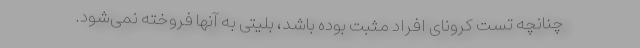
چنانچه تست کرونای افراد مثبت بوده باشد، بلیتی به آنها فروخته نمی‌شود.